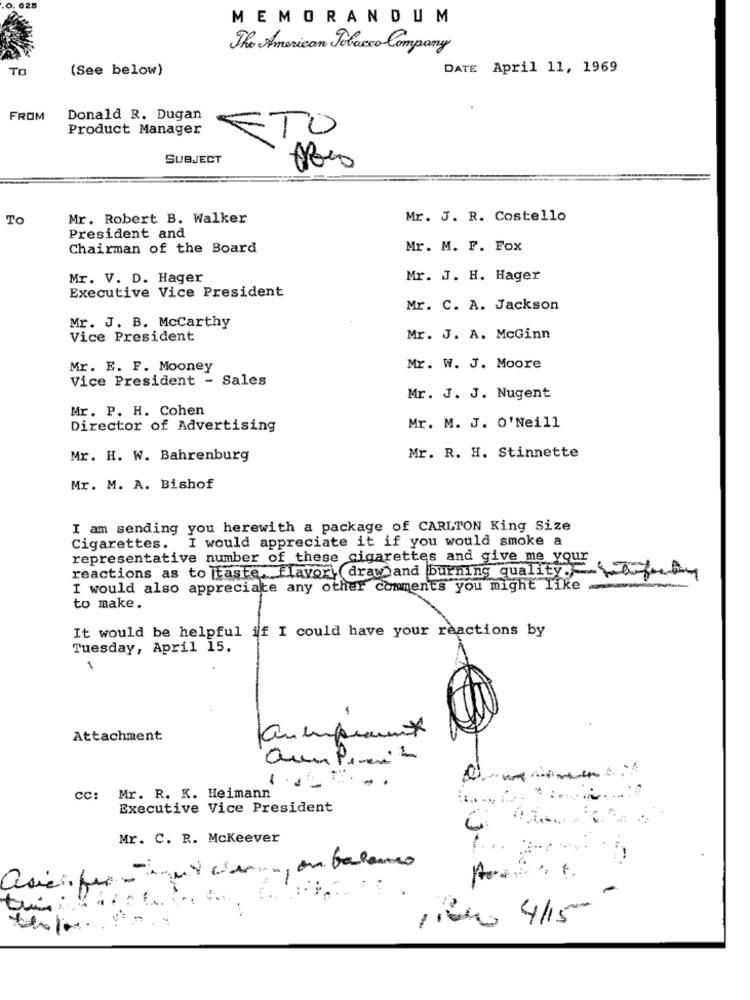
625
MEMORANDUM
The American Tobacco Company
TO
(See below)
DATE April 11, 1969
FROM
Donald R. Dugan
Product Manager
ETO
SUBJECT
To
Mr. Robert B. Walker
Mr. J. R. Costello
President and
Chairman of the Board
Mr. M. F. Fox
Mr. V. D. Hager
Mr. J. H. Hager
Executive Vice President
Mr. C. A. Jackson
Mr. J. B. McCarthy
Vice President
Mr. J. A. McGinn
Mr. E. F. Mooney
Mr. W. J. Moore
Vice President - Sales
Mr. J. J. Nugent
Mr. P. H. Cohen
Director of Advertising
Mr. M. J. O' Neill
Mr. H. W. Bahrenburg
Mr. R. H. Stinnette
Mr. M. A. Bishof
I am sending you herewith a package of CARLTON King Size
Cigarettes. I would appreciate it if you would smoke a
representative number of these cigarettes and give me your
reactions as to taste. flavor draw )and burning quality.Weby
I would also appreciate any other comments you might like.
to make.
It would be helpful if I could have your reactions by
Tuesday, April 15.
1
-
Attachment
au emprunt
-
cc:
Mr. R. K. Heimann
Executive Vice President
Mr. C. R. Mckeever
tuin :
Pieno 4/15